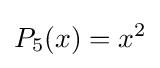
P_{5}(x)=x^{2}